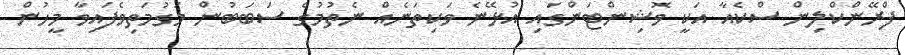
ފްރޭންކްލިން ސްކެއާ އަކީ ވޮޝިންޓަންގައި އުޅޭނެ ވަކިތަނެއް ނެތުމުގެ ސަބަބުން މަގުމަތިވެފައިވާ މީހުން